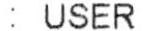
: USER